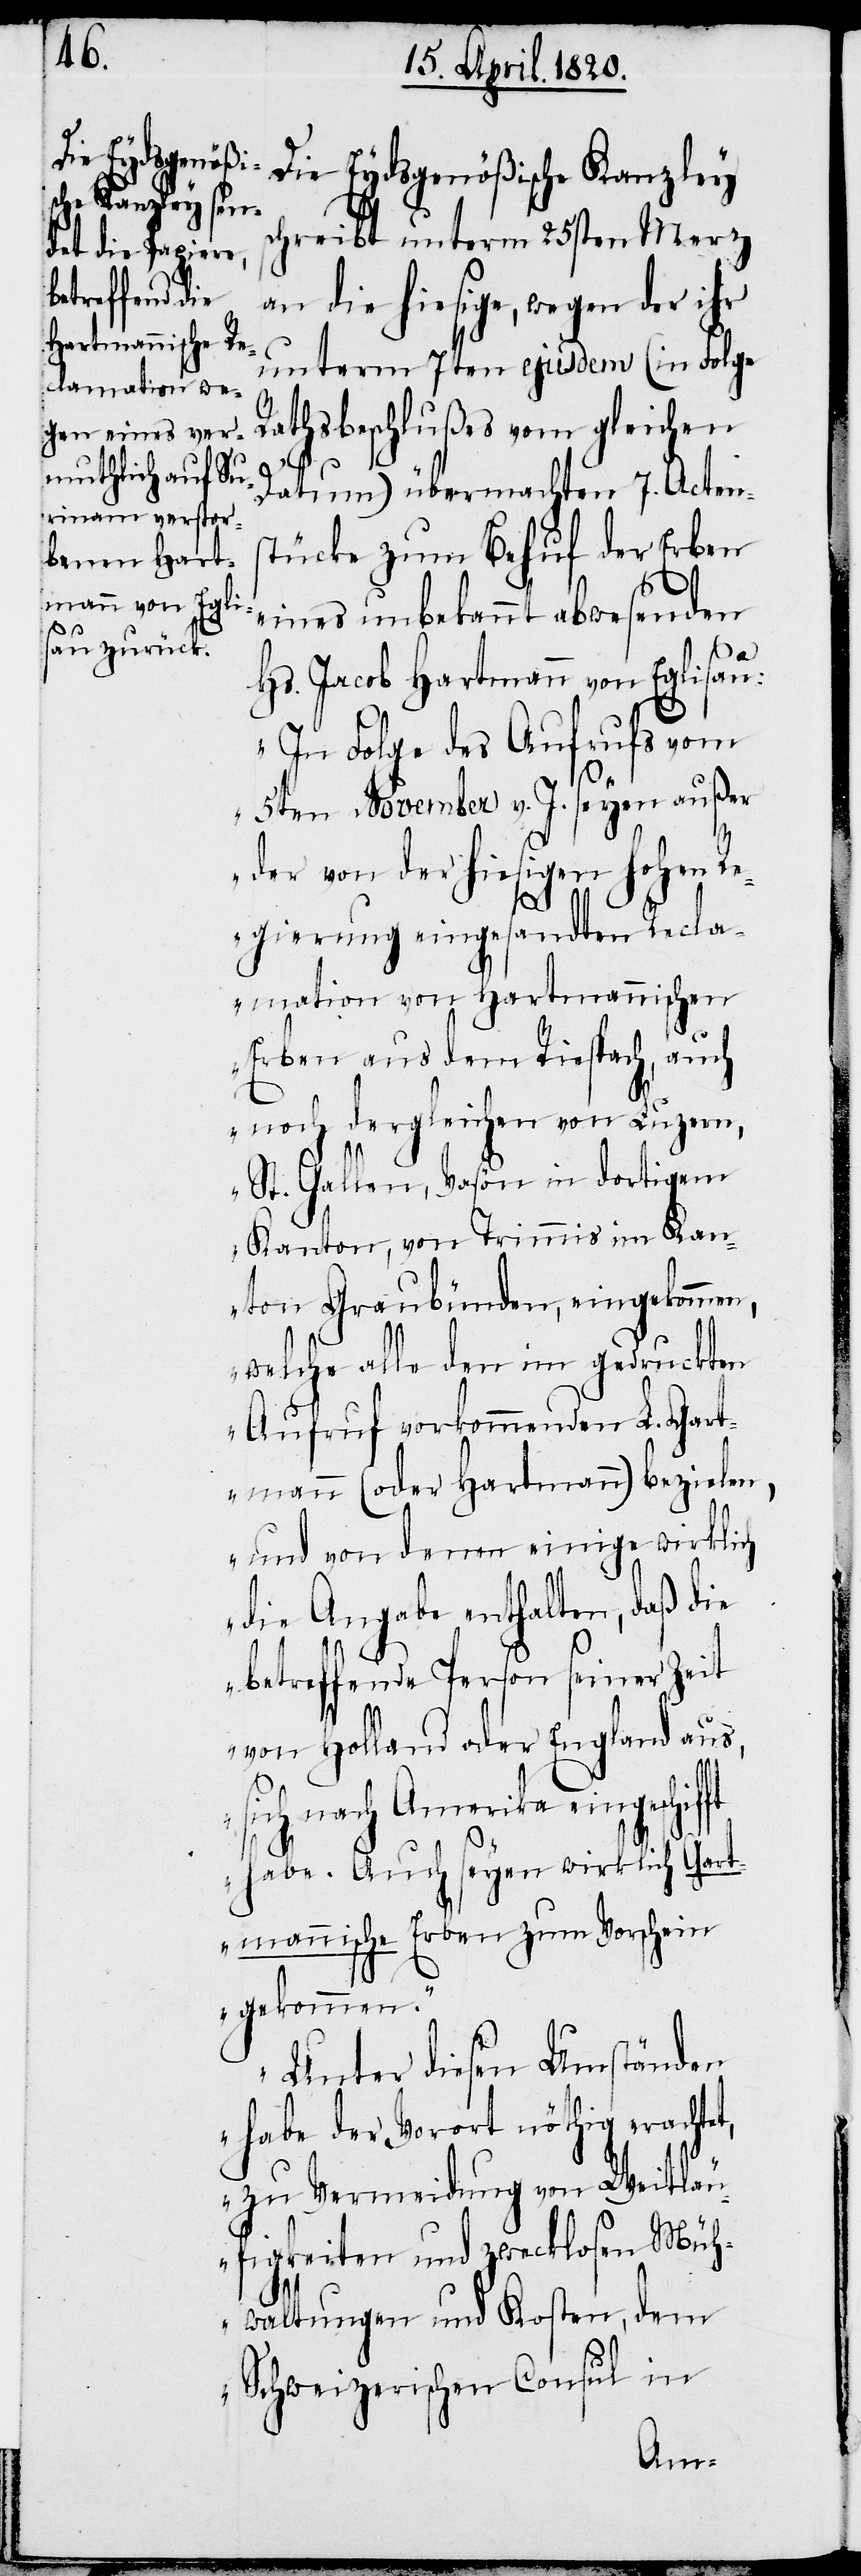
Die Eydsgenößische Kanzley
schreibt unterm 25sten Merz
an die hiesige, wegen der ihr
unterm 7ten ejusdem (in Folge
Rathsbeschlußes vom gleichen
tücke zum Behuf der Erben
Hs. Jacob Hartmann von Eglisau:
„In Folge des Aufrufs vom
5ten November v. J. seyen außer
7.
der von der hiesigen Hohen R¬
egierung eingesandten Recla¬
mation von Hartmannischen
Erben aus dem Riespach, auch
noch dergleichen von Luzern,
St. Gallen, Vason in dortigem
Kanton, von Trimmis im Kan¬
ton Graubünden, eingekommen,
welche alle den im gedruckten
Gartmann (oder Hartmann) bezielen,
und von denen einige wirklich
die Angabe enthalten, daß die
betreffende Person seiner Zeit
von Holland oder England aus,
nach Amerika eingeschi¬
fft
habe. Auch seyen wirklich Gart¬
mannische Erben zum Vorschein
gekommen.
Unter diesen Umständen
habe der Vorort nöthig erachtet,
zu Vermeidung von Weitläu¬
figkeiten und zwecklosen Müh¬
waltungen und Kosten, dem
Schweizerischen Consul in
Actens¬